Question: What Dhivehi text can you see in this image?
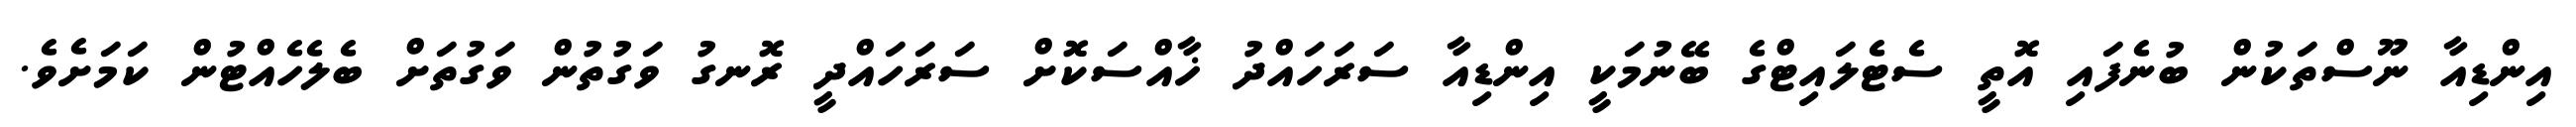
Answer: އިންޑިއާ ނޫސްތަކުން ބުނެފައި އޮތީ ސެޓެލައިޓްގެ ބޭނުމަކީ އިންޑިއާ ސަރަހައްދު ޚާއްސަކޮށް ސަރަހައްދީ ރޮނގު ވަގުތުން ވަގުތަށް ބެލެހެއްޓުން ކަމަށެވެ.